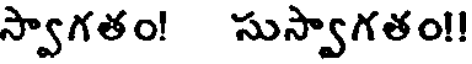
స్వాగతం! సుస్వాగతం!!